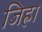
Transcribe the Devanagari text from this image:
जिह्रा